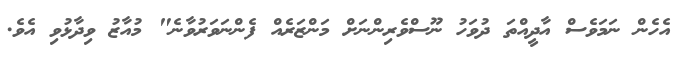
އެެހެން ނަމަވެސް އާދީއްތަ ދުވަހު ނޫސްވެރިންނަށް މަންޒަރެއް ފެންނަވަރުވާނެ" މުއާޒު ވިދާޅުވި އެވެ.